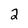
Character: 2